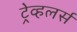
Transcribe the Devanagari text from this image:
ट्रेव्हलर्स